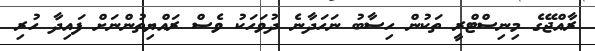
ރާއްޖޭގެ މިނިސްޓްރީ ތަކުން ހިސާބު ނަހަދާނެ ދުވަހަކު ވެސް ރައްޔިތުންނަށް ފައިދާ ހުރި